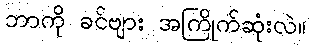
ဘာကို ခင်ဗျား အကြိုက်ဆုံးလဲ။